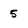
Character: 5